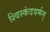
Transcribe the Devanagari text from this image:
श्विस्कंदवर्मन्